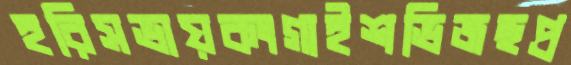
হরিসভায়কংগাইশভিজছপ্র